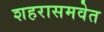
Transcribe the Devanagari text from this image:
शहरासमवेत